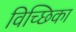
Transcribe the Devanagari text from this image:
विच्छिका